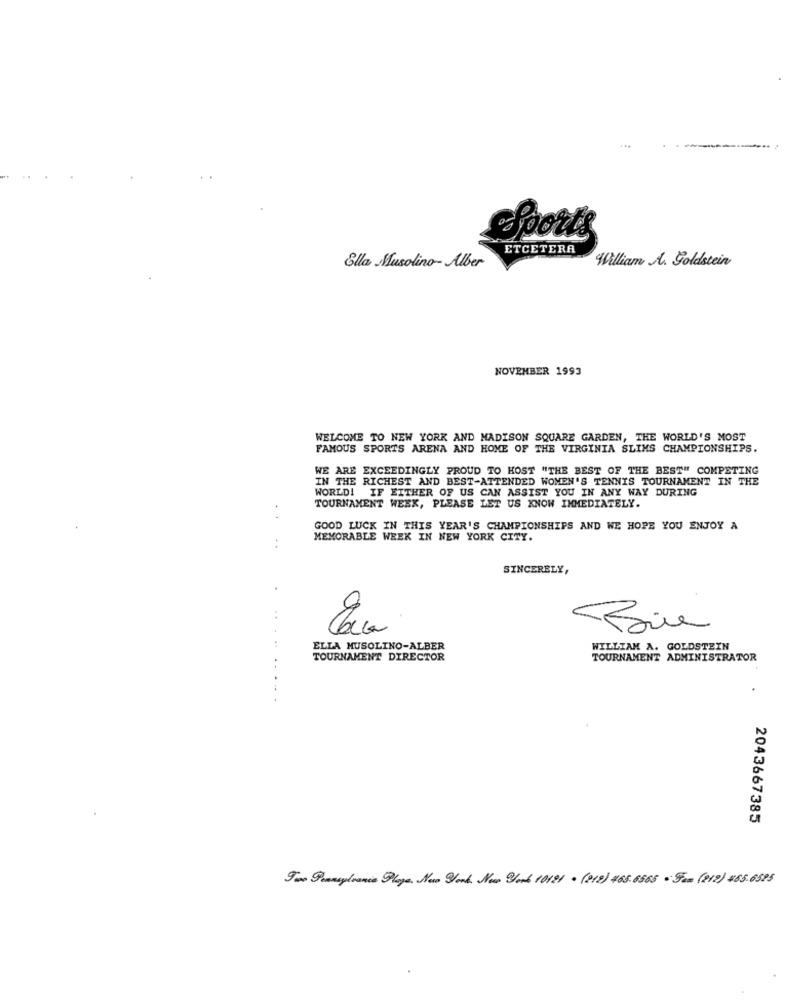
Sports
ETCETERA
William A. Goldstein
Ella Musolino- Alber
NOVEMBER 1993
WELCOME TO NEW YORK AND MADISON SQUARE GARDEN, THE WORLD'S MOST
FAMOUS SPORTS ARENA AND HOME OF THE VIRGINIA SLIMS CHAMPIONSHIPS.
WE ARE EXCEEDINGLY PROUD TO HOST "THE BEST OF THE BEST" COMPETING
IN THE RICHEST AND BEST-ATTENDED WOMEN'S TENNIS TOURNAMENT IN THE
WORLD! IF EITHER OF US CAN ASSIST YOU IN ANY WAY DURING
TOURNAMENT WEEK, PLEASE LET US KNOW IMMEDIATELY.
GOOD LUCK IN THIS YEAR'S CHAMPIONSHIPS AND WE HOPE YOU ENJOY A
MEMORABLE WEEK IN NEW YORK CITY.
SINCERELY,
ELLA MUSOLINO-ALBER
WILLIAM A. GOLDSTEIN
TOURNAMENT DIRECTOR
TOURNAMENT ADMINISTRATOR
2043667385
Fox Pennsylvania Plage, New York, New York 10191 . (212) 465.6565 . Fam (212) 455.6595